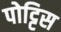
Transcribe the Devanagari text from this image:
पोट्टिस